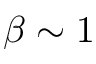
\beta \sim 1